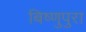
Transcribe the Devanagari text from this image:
बिष्णुपुरा